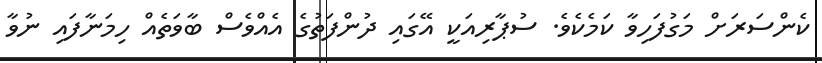
ކެންސަރަށް މަގުފަހިވާ ކަމެކެވެ. ސުޕާރިއަކީ އޭގައި ދުންފަތުގެ އެއްވެސް ބާވަތެއް ހިމަނާފައި ނުވާ